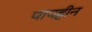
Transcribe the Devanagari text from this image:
पापहीन